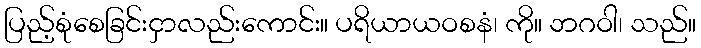
ပြည့်စုံစေခြင်းငှာလည်းကောင်း။ ပရိယာယဝစနံ၊ ကို။ ဘဂဝါ၊ သည်။